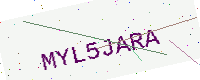
Text: MYL5JARA